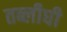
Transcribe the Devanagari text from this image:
तब्लीघी